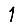
Digit: 1